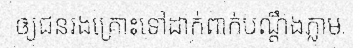
ឲ្យជនរងគ្រោះទៅដាក់ពាក់បណ្តឹងភ្លាម